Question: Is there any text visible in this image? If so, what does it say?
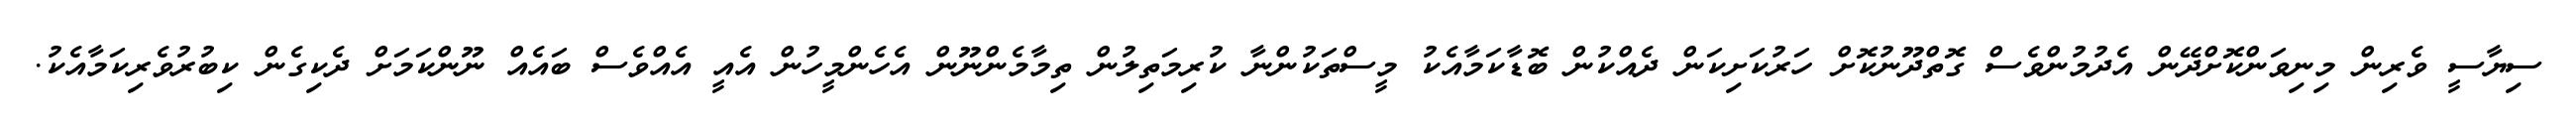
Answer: ސިޔާސީ ވެރިން މިނިވަންކޮށްދޭން އެދުމުންވެސް ގޮތްދޫނުކޮށް ހަރުކަށިކަން ދެއްކުން ބޮޑާކަމާއެކު މީސްތަކުންނާ ކުރިމަތިލުން ތިމާމެންނޫން އެހެންމީހުން އެއީ އެއްވެސް ބައެއް ނޫންކަމަށް ދެކިގެން ކިބުރުވެރިކަމާއެކު.